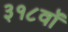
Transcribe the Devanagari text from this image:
३१८वॉ